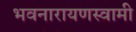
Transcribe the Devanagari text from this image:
भवनारायणस्‍वामी